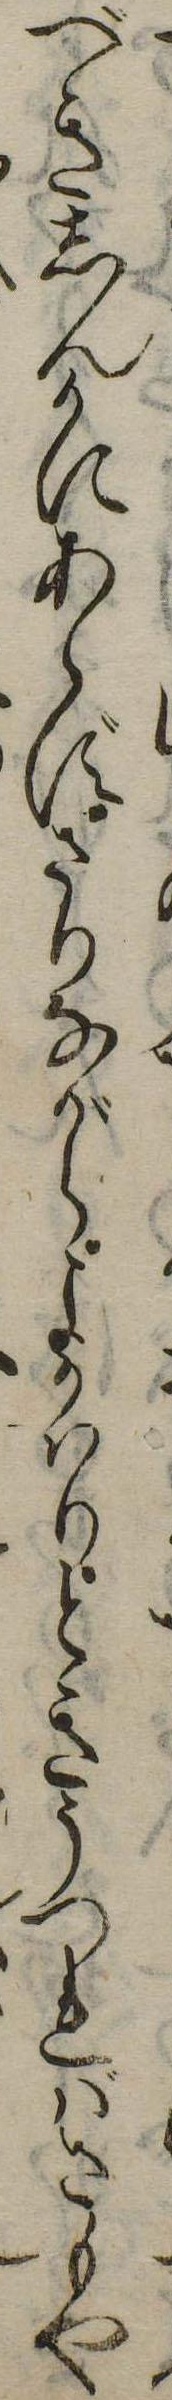
べきしんかにあらずさりながらよかはりときうつればさもや